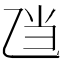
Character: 𱎄